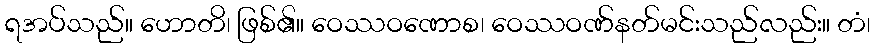
ရအပ်သည်။ ဟောတိ၊ ဖြစ်၏။ ဝေဿဝဏောစ၊ ဝေဿဝဏ်နတ်မင်းသည်လည်း။ တံ၊